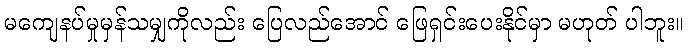
မကျေနပ်မှုမှန်သမျှကိုလည်း ပြေလည်အောင် ဖြေရှင်းပေးနိုင်မှာ မဟုတ် ပါဘူး။